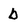
Character: b